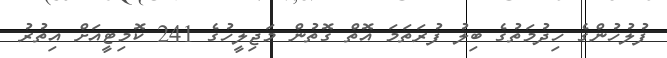
ފުލުހުންގެ ހިދުމަތުގެ ބިލު ފުރަތަމަ އޮތް ގޮތުން މަޖިލީހުގެ 241 ކޮމިޓީއަށް އިތުރު